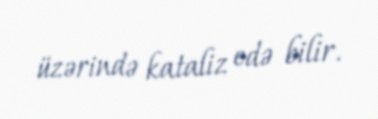
üzərində kataliz edə bilir.